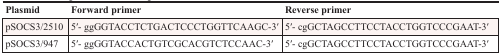
<table><thead><tr><td><b>Plasmid</b></td><td><b>Forward primer</b></td><td><b>Reverse primer</b></td></tr></thead><tbody><tr><td>pSOCS3/2510</td><td>5′- ggGGTACCTCTGACTCCCTGGTTCAAGC-3′</td><td>5′- cgGCTAGCCTTCCTACCTGGTCCCGAAT-3′</td></tr><tr><td>pSOCS3/947</td><td>5′- ggGGTACCACTGTCGCACGTCTCCAAC-3′</td><td>5′- cgGCTAGCCTTCCTACCTGGTCCCGAAT-3′</td></tr></tbody></table>